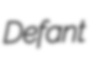
Defant